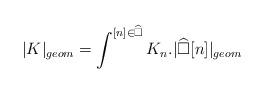
LaTeX: \begin{align*}|K|_{geom} = \int^{[n]\in \widehat{\square}} K_n.|\widehat{\square}[n]|_{geom}\end{align*}